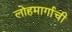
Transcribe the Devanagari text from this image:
लोहमार्गाची